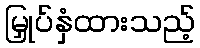
မြှုပ်နှံထားသည့်